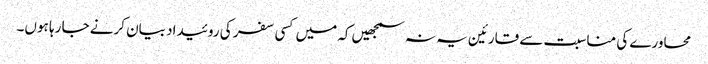
محاورے کی مناسبت سے قارئین یہ نہ سمجھیں کہ میں کسی سفر کی روئیداد بیان کرنے جا رہا ہوں۔